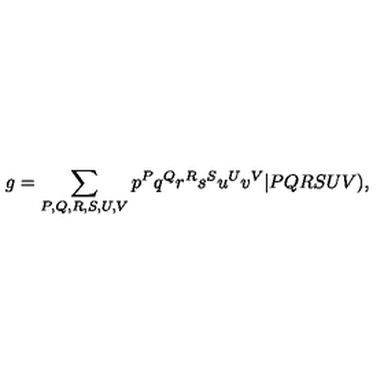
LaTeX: g = \sum _ { P , Q , R , S , U , V } p ^ { P } q ^ { Q } r ^ { R } s ^ { S } u ^ { U } v ^ { V } \vert P Q R S U V ) ,